Annual report of the Punjab Veterinary College and of the Civil Veterinary Department, Punjab - 1926-1932
Year: 1926
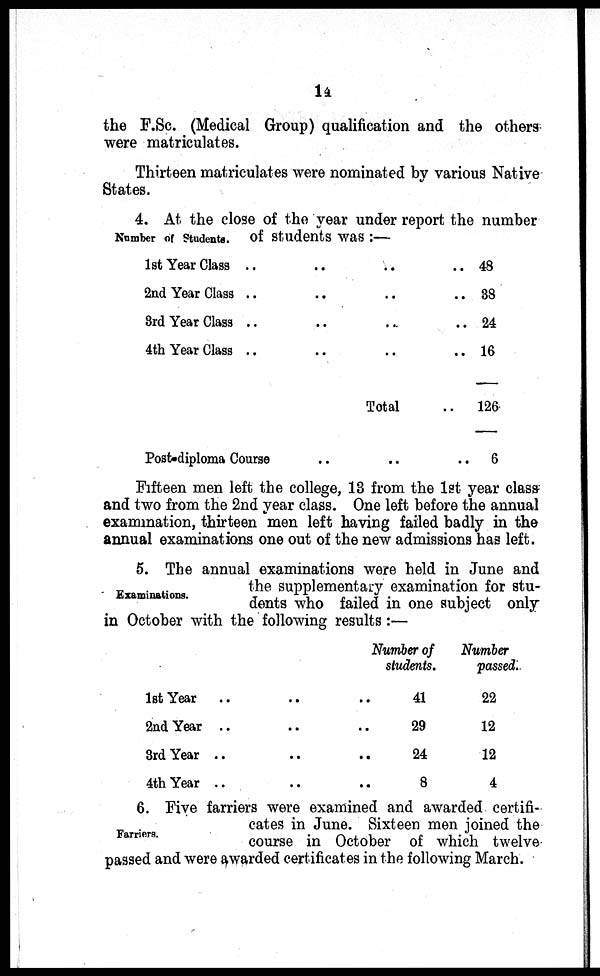
14
the F.Sc. (Medical Group) qualification and the others
were matriculates.
Thirteen matriculates were nominated by various Native
States.
Number of Students.
4. At the close of the year under report the number
of students was:—
1st Year Class .. .. .. ..
2nd Year Class .. .. .. ..
3rd Year Class .. .. .. ..
4th Year Class .. .. .. ..
Total ..
Post-diploma Course .. .. ..
48
38
24
16
126
6
Fifteen men left the college, 13 from the 1st year class-
and two from the 2nd year class. One left before the annual
examination, thirteen men left having failed badly in the
annual examinations one out of the new admissions has left.
Examinations.
5. The annual examinations were held in June and
the supplementary examination for stu-
dents who failed in one subject only
in October with the following results:—
1st Year .. .. ..
2nd Year .. .. ..
3rd Year .. .. ..
4th Year .. .. ..
Number of
students.
41
29
24
8
Number
passed.
22
12
12
4
Farriers.
6. Five farriers were examined and awarded certifi-
cates in June. Sixteen men joined the
course in October of which twelve
passed and were awarded certificates in the following March.